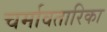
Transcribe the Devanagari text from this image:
चर्मावतारिका